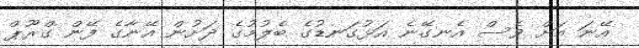
އޭނަ އަށް ވެސް އެނގޭނެ އަޅުގަނޑުގެ ބެލުމުގެ ދަށުން އޭނާގެ ފޭން ގްރޫޕް